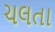
ચલતા